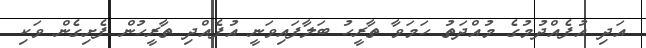
އަދި އުފެއްދުމުގެ މުއްދަތު ހަމަވާ ތާރީހު ބަލާފައިވަނީ އުފެއްދި ތާރީހުން ފެށިގެން ވަކި